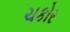
ચકોર